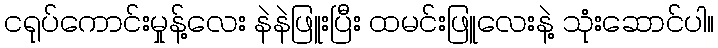
ငရုပ်ကောင်းမှုန့်လေး နဲနဲဖြူးပြီး ထမင်းဖြူလေးနဲ့ သုံးဆောင်ပါ။